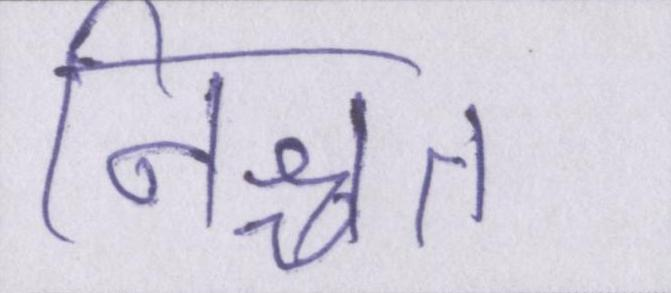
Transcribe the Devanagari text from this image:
निश्चत